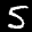
Label: 5